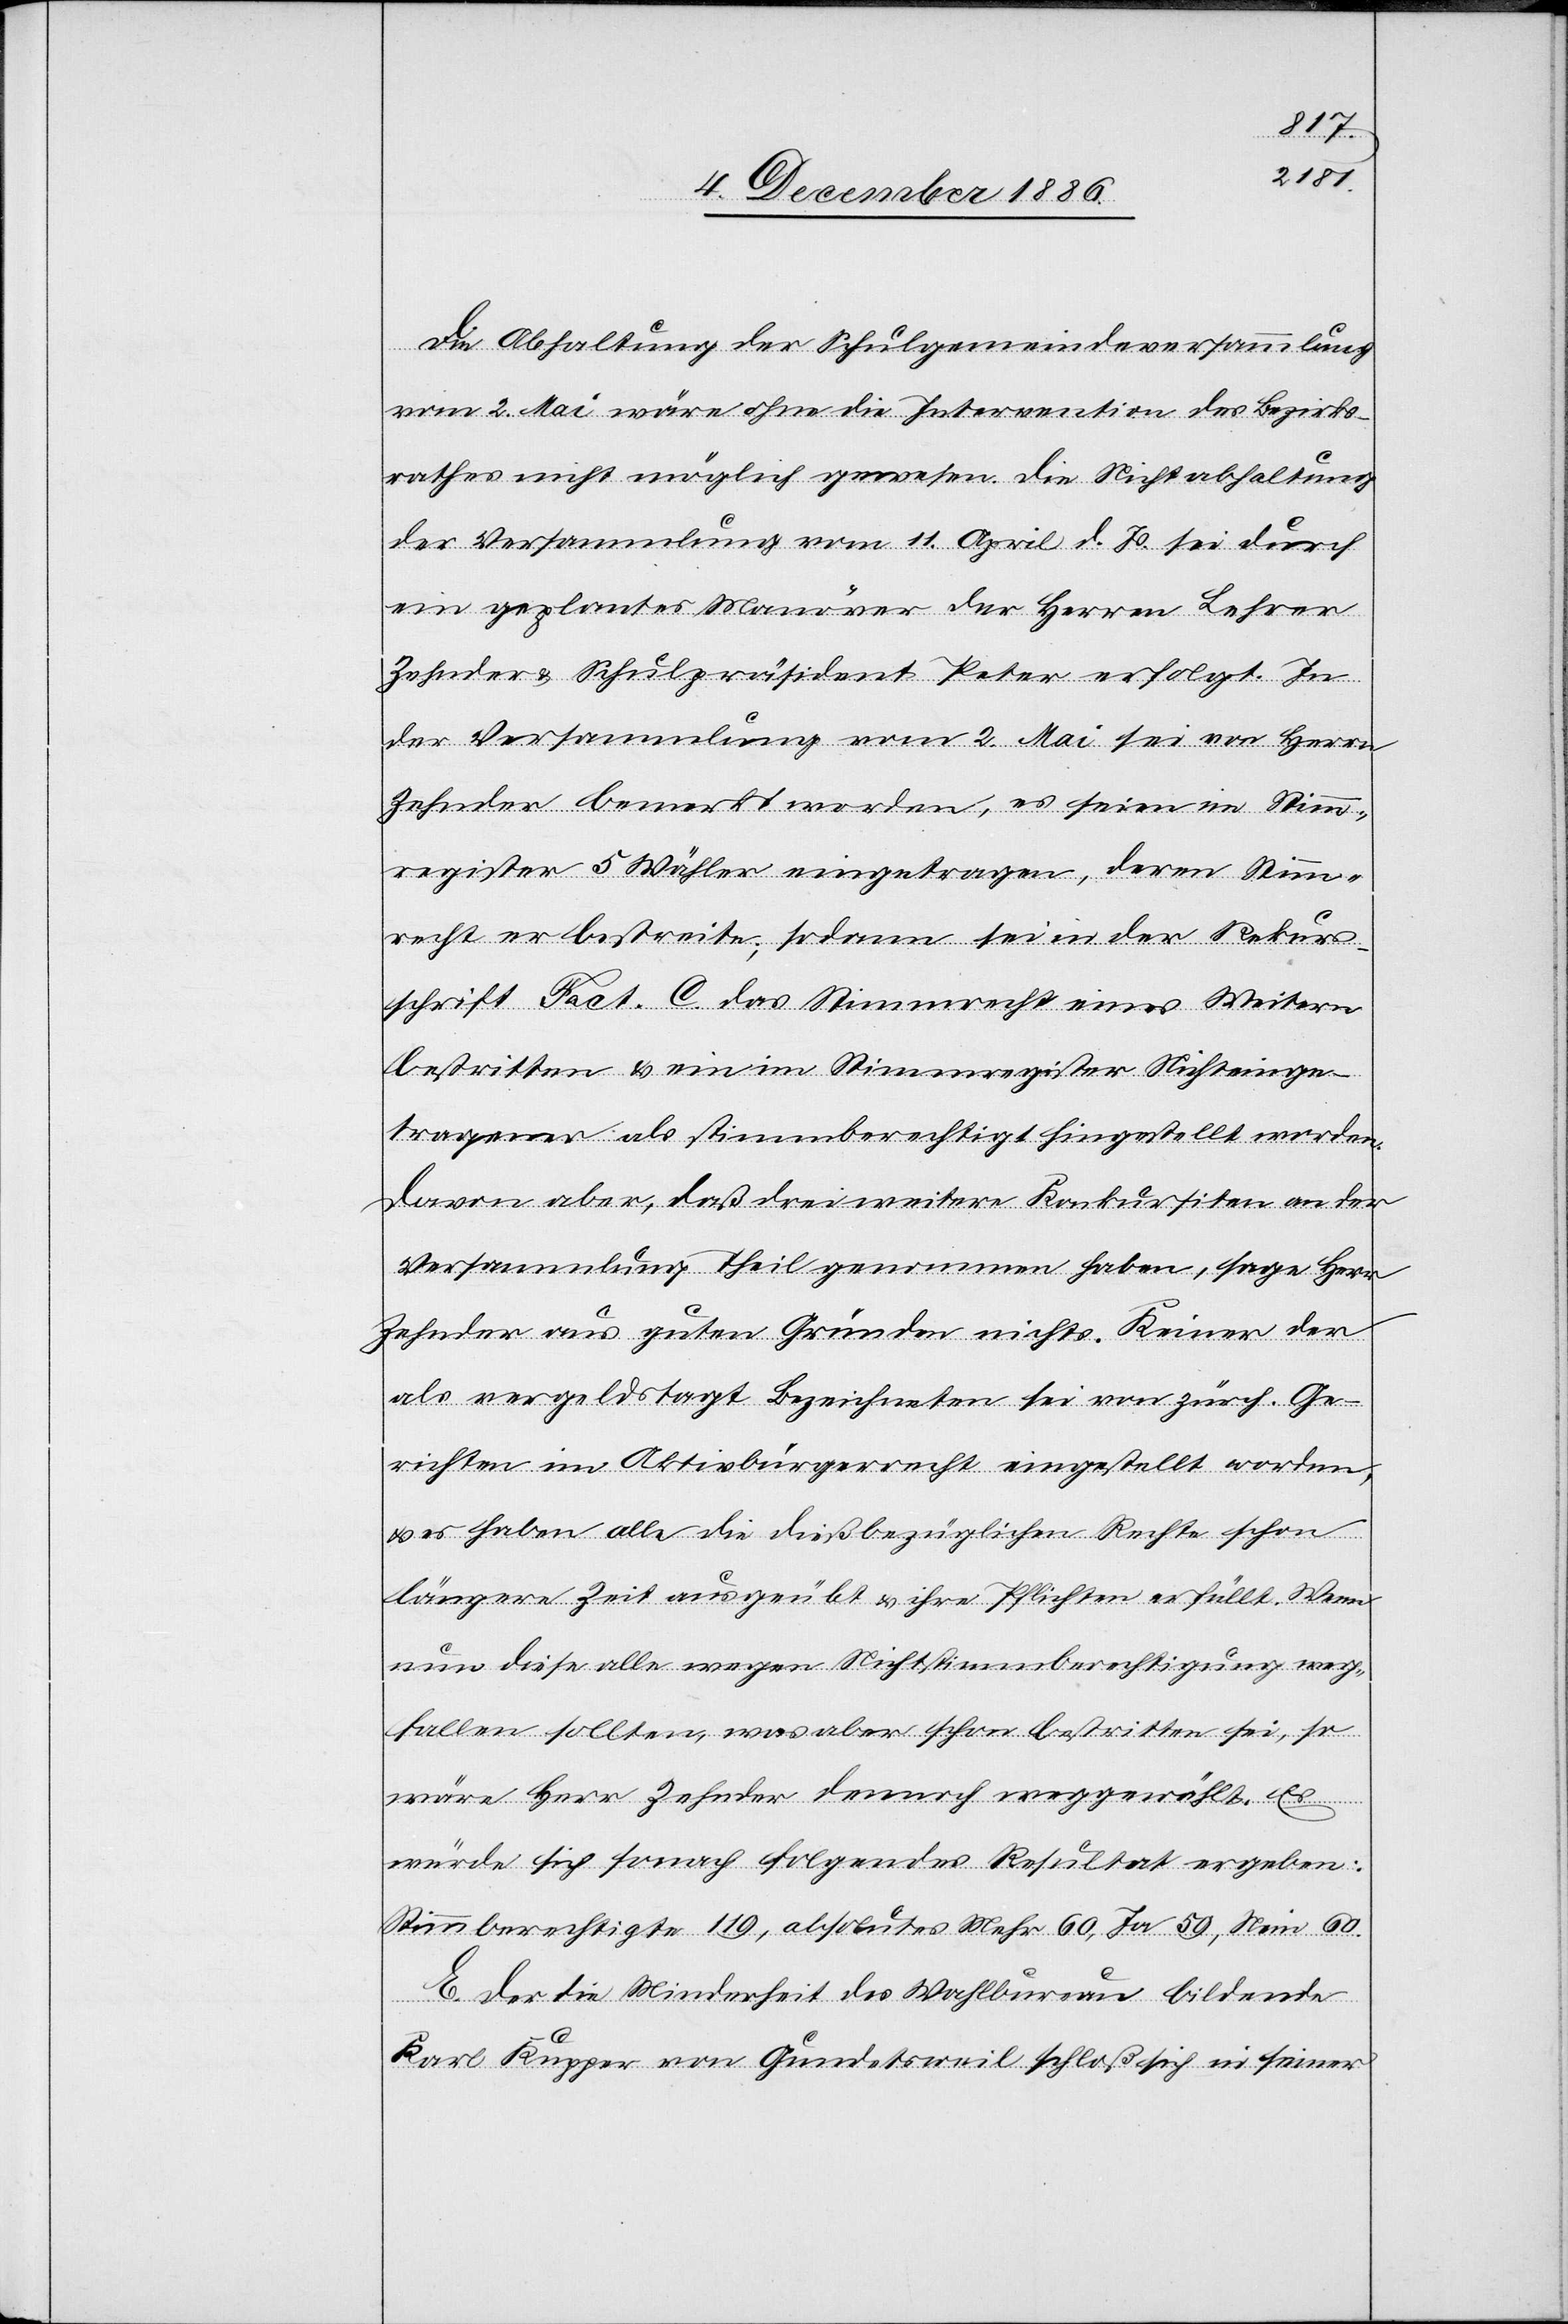
Die Abhaltung der Schulgemeindeversammlung
vom 2. Mai wäre ohne die Intervention des Bezirks¬
rathes nicht möglich gewesen. Die Nichtabhaltung
der Versammlung vom 11. April d. Js. sei durch
ein geplantes Manöver der Herren Lehrer
Zehnder & Schulpräsident Peter erfolgt. In
der Versammlung vom 2. Mai sei von Herrn
Zehnder bemerkt worden, es seien im Stimm¬
register 5 Wähler eingetragen, deren Stimm¬
recht er bestreite; sodann sei in der Rekurs¬
schrift Fact. C. das Stimmrecht eines Weitern
bestritten & ein im Stimmregister Nichteinge¬
tragener als stimmberechtigt hingestellt worden.
Davon aber, daß drei weitere Konkursiten an der
Versammlung Theil genommen haben, sage Herr
Zehnder aus guten Gründen nichts. Keiner der
als vergeldstagt Bezeichneten sei von zürch. Ge¬
richten im Aktivbürgerrecht eingestellt worden,
& es haben alle die dießbezüglichen Rechte schon
längere Zeit ausgeübt & ihre Pflichten erfüllt. Wenn
nun diese alle wegen Nichtstimmberechtigung weg¬
fallen sollten, was aber schon bestritten sei, so
wäre Herr Zehnder dennoch weggewählt. Es
würde sich sonach folgendes Resultat ergeben:
Stimmberechtigte 119, absolutes Mehr 60, Ja 59, Nein 60.
E. Der die Minderheit des Wahlbureau bildende
Karl Kupper von Gundetsweil schloß sich in seiner